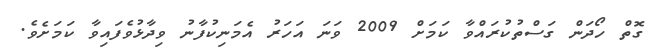
ގޮޮތް ހޯދަން ގަސްތުކުރައްވާ ކަމަށް 2009 ވަނަ އަހަރު އެމަނިކުފާނު ވިދާޅުވެފައިވާ ކަމަށެވެ.